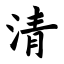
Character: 清